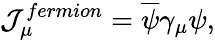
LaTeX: {\cal J}_{\mu}^{fermion}=\overline{{{\psi}}}\gamma_{\mu}\psi,